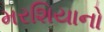
મરશિયાનો